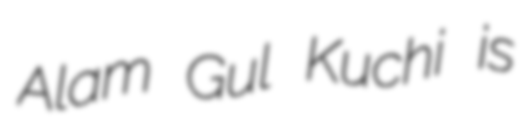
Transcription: Alam Gul Kuchi is